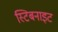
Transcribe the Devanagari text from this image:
स्टिबनाइट